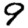
Digit: 9